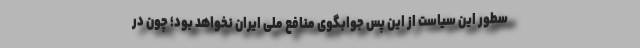
سطور این سیاست از این پس جوابگوی منافع ملی ایران نخواهد بود؛ چون در